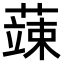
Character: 𮑕